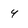
Character: 4